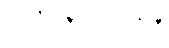
၂၀၂၃၂၀၂၄